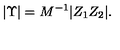
| \Upsilon | = M ^ { - 1 } | Z _ { 1 } Z _ { 2 } | .